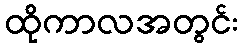
ထိုကာလအတွင်း